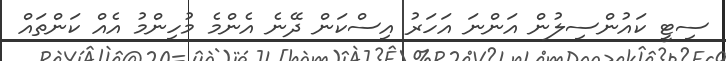
ސިޓީ ކައުންސިލުން އަންނަ އަހަރު އިސްކަން ދޭނެ އެންމެ މުހިންމު އެއް ކަންތައް